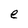
Character: e